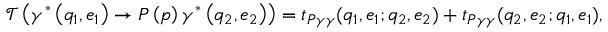
\mathcal { T } \left( \gamma ^ { \ast } \left( q _ { 1 } , e _ { 1 } \right) \rightarrow P \left( p \right) \gamma ^ { \ast } \left( q _ { 2 } , e _ { 2 } \right) \right) = t _ { P \gamma \gamma } ( q _ { 1 } , e _ { 1 } ; q _ { 2 } , e _ { 2 } ) + t _ { P \gamma \gamma } ( q _ { 2 } , e _ { 2 } ; q _ { 1 } , e _ { 1 } ) ,